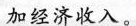
加经济收入。